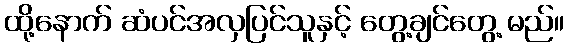
ထို့နောက် ဆံပင်အလှပြင်သူနှင့် တွေ့ချင်တွေ့ မည်။